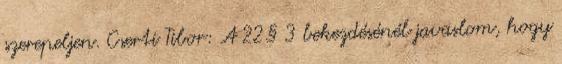
szerepeljen. Cserti Tibor: A 22.§ 3 bekezdésénél javaslom, hogy